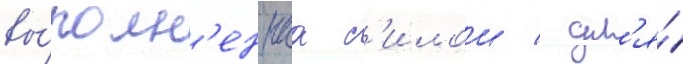
вы́полн'еннаа с'илои / дл'я́